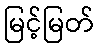
မြင့်မြတ်